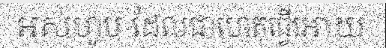
អស់ហូប ដែលជាហេតុធ្វើអោយ